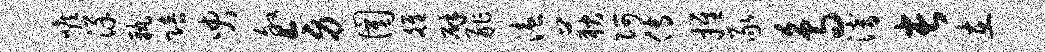
喉详孰陪臾叙旁圉雒辟舴溘荻阿传推豕鸟潜长在